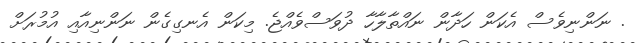
. ނަންނިވެސް އެކަން ހަދާން ނައްތާލާހާ ދުވަސްވެއްޖެ. މިކަން އެނގިގެން ނަންނިއާއި އުމުރަށް